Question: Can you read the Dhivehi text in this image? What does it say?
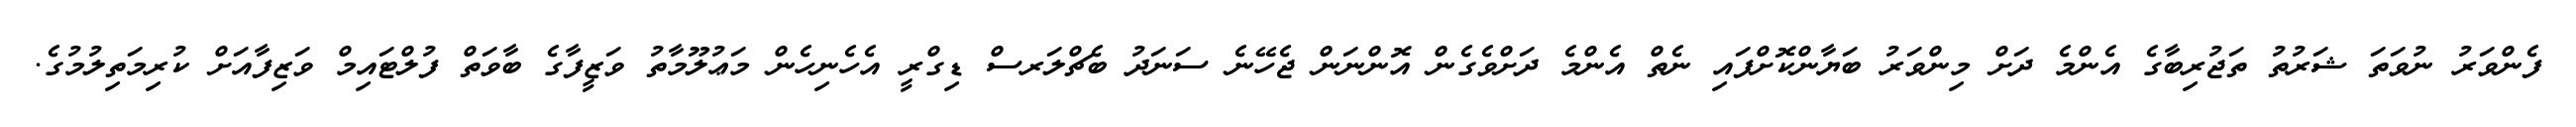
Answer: ފެންވަރު ނުވަތަ ޝަރުތު ތަޖުރިބާގެ އެންމެ ދަށް މިންވަރު ބަޔާންކޮށްފައި ނެތް އެންމެ ދަށްވެގެން އޮންނަން ޖެހޭނެ ސަނަދު ބެޗްލަރސް ޑިގްރީ އެހެނިހެން މަޢުލޫމާތު ވަޒީފާގެ ބާވަތް ފުލްޓައިމް ވަޒިފާއަށް ކުރިމަތިލުމުގެ.